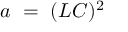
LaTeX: a ~ = ~ ( L C ) ^ { 2 }